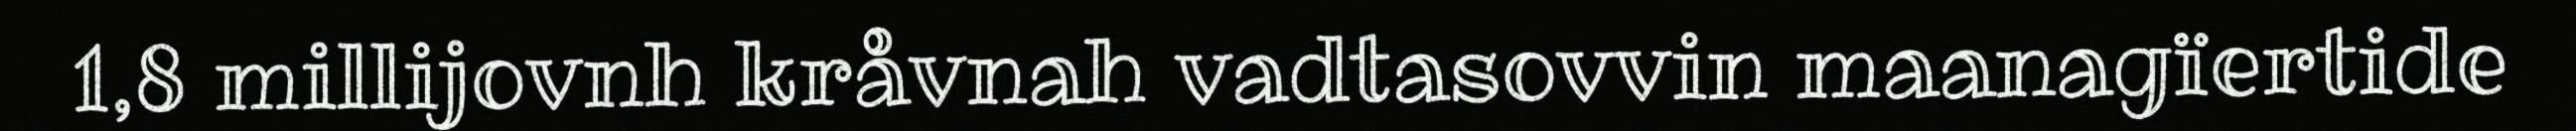
1,8 millijovnh kråvnah vadtasovvin maanagïertide